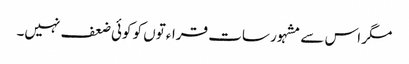
مگر اس سے مشہور سات قراءتوں کو کوئی ضعف نہیں۔